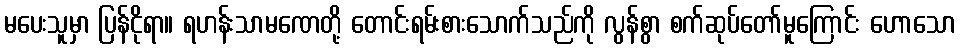
မပေးသူမှာ ပြန်ငိုရာ။ ရဟန်းသာမဏေတို့ တောင်းရမ်းစားသောက်သည်ကို လွန်စွာ စက်ဆုပ်တော်မူကြောင်း ဟောသော